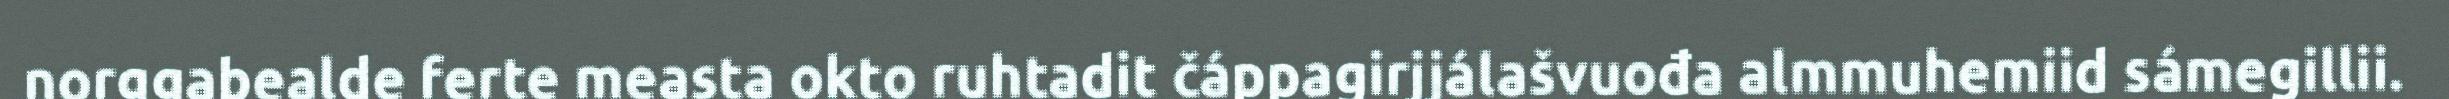
norggabealde ferte measta okto ruhtadit čáppagirjjálašvuođa almmuhemiid sámegillii.